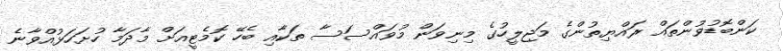
ކަންބޮޑުވުންތައް ރައްޔިތުންގެ މަޖިލީހުގެ މިނިވަން މުވައްސަސާ ތަކާއި ބެހޭ ކޮމެޓީއަށް މާދަމާ ހުށަހަޅުއްވާނެ